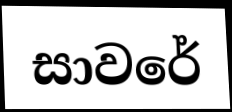
සාවරේ